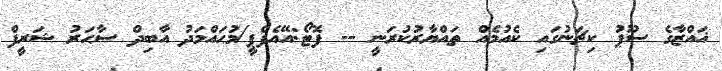
ޣައްޒާގެ ސޫޕު ކިޗަނުގައި ކެއުމެއް ތައްޔާރުކުރަނީ -- ފޮޓޯ:އޭއެފްޕީ/މުޙައްމަދު އާބިދް ސާޙަރު ޝަރީފް